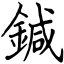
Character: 鍼